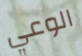
الوعي